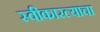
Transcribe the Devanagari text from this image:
स्वीकारल्याचा